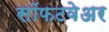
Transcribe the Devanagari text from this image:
सॉफटवेअर